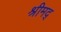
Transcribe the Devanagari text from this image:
श्रीमद्‍